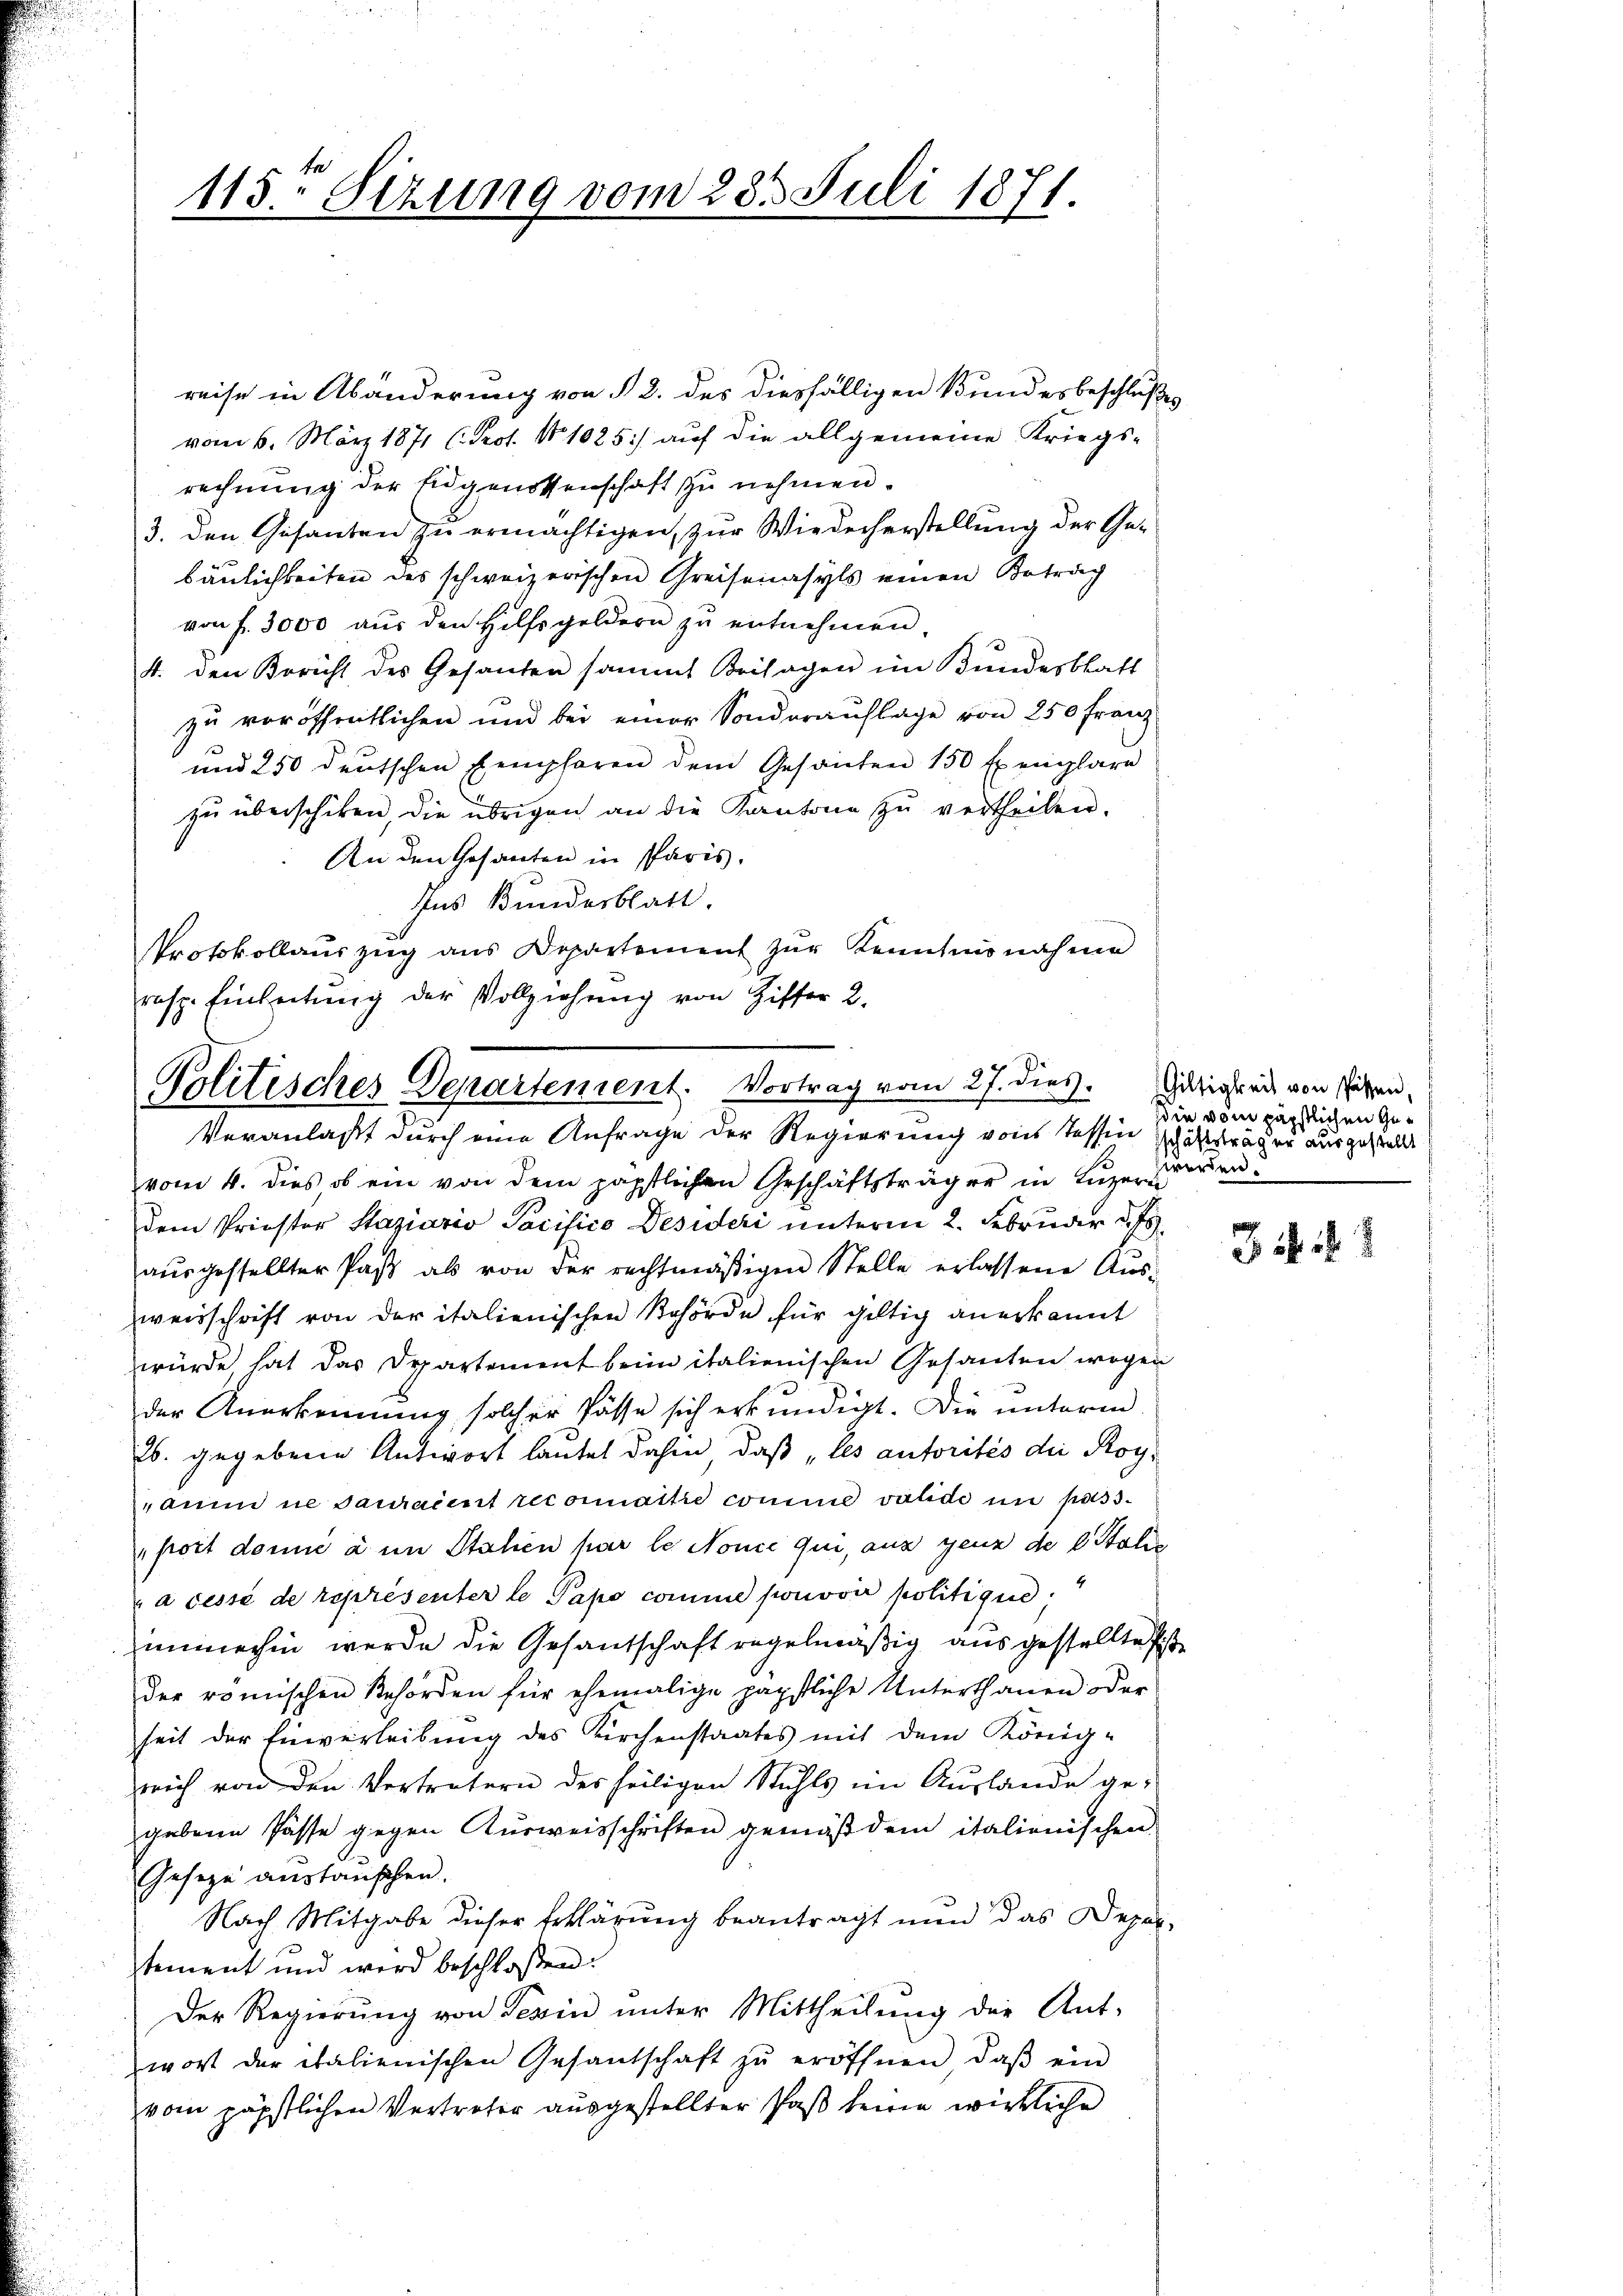
115. Sizung vom 28. Juli 1871.

reise in Abänderung von § 2. des diesfälligen Bundesbeschlußes
vom 6. März 1871 (Prot. No 1025) auf die allgemeine Kriegs-
rechnung der Eidgenossenschaft zu nehmen.
3. den Gesanten zu ermächtigen, zur Wiederherstellung der Ge-
bäulichkeiten des schweizerischen Greisenasyls einen Betrag
von f. 3000 aus den Hilfsgeldern zu entnehmen.
4. den Bericht des Gesanden sammt Beilagen im Bundesblatt
zu veröffentlichen und bei einer Sonderauflage von 250 Franz
und 250 deutschen Eempferen dem Gesanden 150 Exemplare
zu überschiken, die übrigen an die Kantone zu vertheilen.
An den Gesanten in Paris.
Ins Bundesblatt.
Protokollauszug aus Departement zŭr Kenntnisnahme
resp. Einleitŭng der Vollziehung von Ziffer 2.

Politisches Departement. Vortrag vom 27. dies

Veranlaßt durch eine Anfrage der Regierung vons Tessin schäftsträgen ausgestellt
vom 4. dies ob ein von dem päpstlichen Geschäftsträger in Luzern
dem Priestor Staziario Pacifico Desideri unterm 2. Februder d. Js
aŭsgestellter Paß als von der rechtmäßigen Stelle erlassene Aus-
weisschrift von der italienischen Behörde für gültig anerkannt
würde hat das Departement beim italienischen Gesanten wegen
der Anerkennung solcher Pässe sich erkundigt. Die unterm
26. gegebene Antwort lautet dahin, daß les autorités die Royaum in Sauraient recorattre comme valide in passport domić à in Italien par le Nonie qui, aus genz de l. Stalie
a cessé de représenter le Papo comme pouvoir politique.
immerhin werde die Gesantschaft regelmäßig ausgestellte Pist
der römischen Behörden für ehemalige päpstliche Unterthanen der
seit der Einverleibung des Kirchenstaates mit dem Königrich von den Vertretern des heiligen Stuhls im Auslande ge-
gebene Pässe gegen Ausweisschriften gemäß dem italienischen
Gesetze austanschen.
Nach Mitgabe dieser Erklärung beantragt nun das Depar-
tement und wird beschloßen:
Der Regierŭng von Serin ŭnter Mittheilŭng der Ant-
wort der italienischen Gesantschaft zŭ eröffnen, daβ ein
vom päpstlichen Vertreter ausgestellter Paß keine wirkliche

Giltigkeit von Passen,
die vom päpstlichen Gewerden.

342